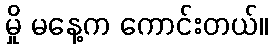
မှို မနေ့က ကောင်းတယ်။